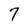
Character: 7